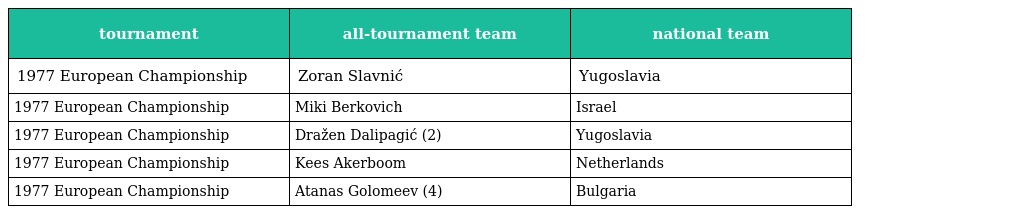
| tournament | all-tournament team | national team |
 | --- | --- | --- |
 | 1977 European Championship | Zoran Slavnić | Yugoslavia |
 | 1977 European Championship | Miki Berkovich | Israel |
 | 1977 European Championship | Dražen Dalipagić (2) | Yugoslavia |
 | 1977 European Championship | Kees Akerboom | Netherlands |
 | 1977 European Championship | Atanas Golomeev (4) | Bulgaria |